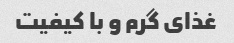
غذای گرم و با کیفیت